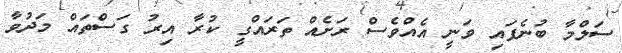
ސަލްމާ ބުނެފައި ވަނީ އެއްވެސް ރަށެއް ތަރައްގީ ކުރާ އިރު ގަސްތައް މަދުވާ